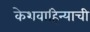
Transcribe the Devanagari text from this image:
केशवाहिन्याची